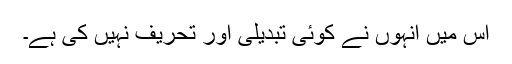
اس میں انہوں نے کوئی تبدیلی اور تحریف نہیں کی ہے۔